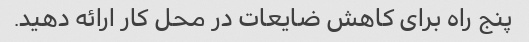
پنج راه برای کاهش ضایعات در محل کار ارائه دهید.